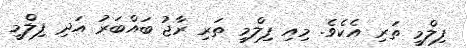
ފިލްމީ ތަރި އެކެވެ. މިއި ފިލްމީ ތަރި ރާޖު ބައްބަރު އަދި ފިލްމީ